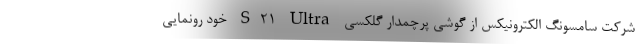
شرکت سامسونگ الکترونیکس از گوشی پرچمدار گلکسی S21 Ultra خود رونمایی